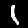
Label: 1